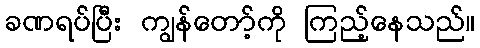
ခဏရပ်ပြီး ကျွန်တော့်ကို ကြည့်နေသည်။